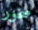
صخور